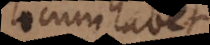
locum habet